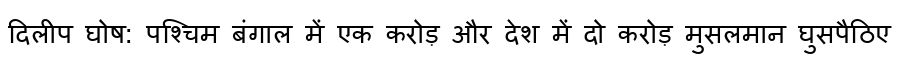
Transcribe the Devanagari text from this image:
दिलीप घोष: पश्चिम बंगाल में एक करोड़ और देश में दो करोड़ मुसलमान घुसपैठिए